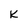
Character: k